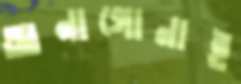
আনাগোনাই